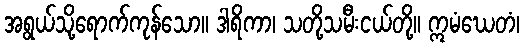
အရွယ်သို့ရောက်ကုန်သော။ ဒါရိကာ၊ သတို့သမီးငယ်တို့။ ဣမံဃေတံ၊